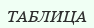
ТАБЛИЦА